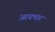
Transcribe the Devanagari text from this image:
आयभार